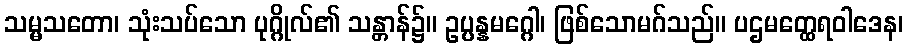
သမ္မသတော၊ သုံးသပ်သော ပုဂ္ဂိုလ်၏ သန္တာန်၌။ ဥပ္ပန္နမဂ္ဂေါ၊ ဖြစ်သောမဂ်သည်။ ပဌမတ္ထေရဝါဒေန၊